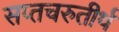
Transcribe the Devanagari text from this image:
सप्तचरुतीर्थ